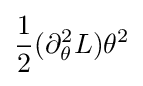
{\frac {1}{2}}(\partial _{\theta }^{2}L)\theta ^{2}